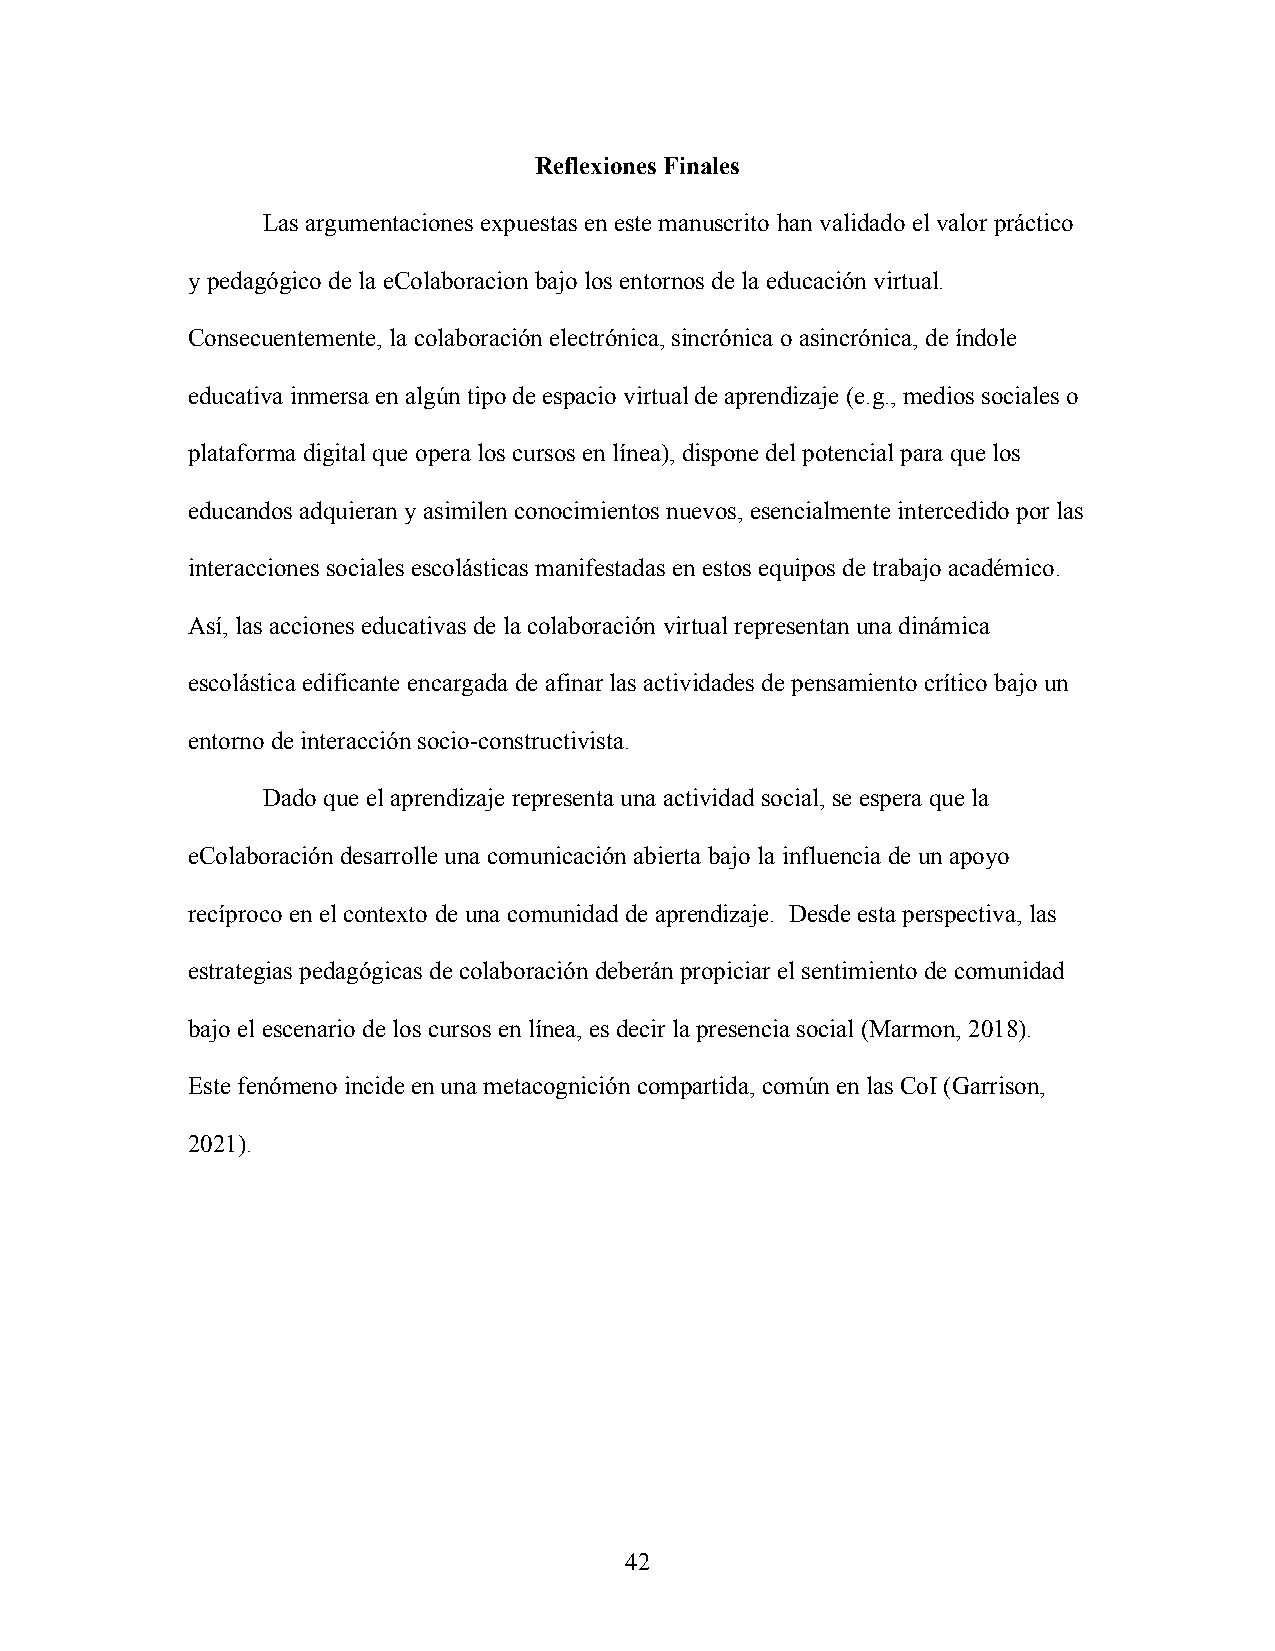
Reflexiones Finales
 Las argumentaciones expuestas en este manuscrito han validado el valor práctico
 y pedagógico de la eColaboracion bajo los entornos de la educación virtual.
 Consecuentemente, la colaboración electrónica, sincrónica o asincrónica, de índole
 educativa inmersa en algún tipo de espacio virtual de aprendizaje (e.g., medios sociales o
 plataforma digital que opera los cursos en línea), dispone del potencial para que los
 educandos adquieran y asimilen conocimientos nuevos, esencialmente intercedido por las
 interacciones sociales escolásticas manifestadas en estos equipos de trabajo académico.
 Así, las acciones educativas de la colaboración virtual representan una dinámica
 escolástica edificante encargada de afinar las actividades de pensamiento crítico bajo un
 entorno de interacción socio-constructivista.
 Dado que el aprendizaje representa una actividad social, se espera que la
 eColaboración desarrolle una comunicación abierta bajo la influencia de un apoyo
 recíproco en el contexto de una comunidad de aprendizaje. Desde esta perspectiva, las
 estrategias pedagógicas de colaboración deberán propiciar el sentimiento de comunidad
 bajo el escenario de los cursos en línea, es decir la presencia social (Marmon, 2018).
 Este fenómeno incide en una metacognición compartida, común en las CoI (Garrison,
 2021).
 42